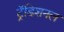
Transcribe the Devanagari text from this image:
ट्रॅडिशनल